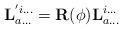
LaTeX: \begin{align*}\mathbf{ L} ^{'i...}_{a...} = \mathbf{ R}(\phi) \mathbf{ L}^{i...}_{a...}\end{align*}